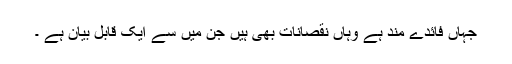
جہاں فائدے مند ہے وہاں نقصانات بھی ہیں جن میں سے ایک قابل بیان ہے ۔